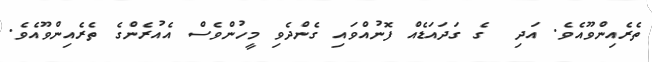
ތެރެއިންވޫއެވެ. އަދި  ގެ ގަދައަޑެއް ފޮނުއްވައި ގެންދެވި މީހުންވެސް އެއުރެންގެ ތެރެއިންވޫއެވެ.